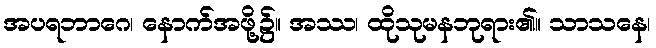
အပရဘာဂေ၊ နောက်အဖို့၌။ အဿ၊ ထိုသုမနဘုရား၏။ သာသနေ၊